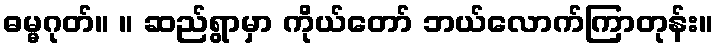
ဓမ္မဂုတ်။ ။ ဆည်ရွာမှာ ကိုယ်တော် ဘယ်လောက်ကြာတုန်း။